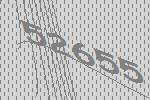
52655